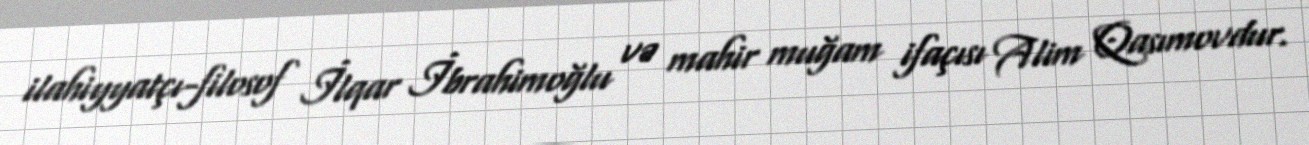
ilahiyyatçı-filosof İlqar İbrahimoğlu və mahir muğam ifaçısı Alim Qasımovdur.